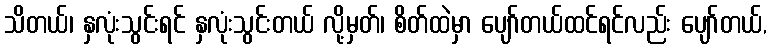
သိတယ်၊ နှလုံးသွင်းရင် နှလုံးသွင်းတယ် လို့မှတ်၊ စိတ်ထဲမှာ ပျော်တယ်ထင်ရင်လည်း ပျော်တယ်,